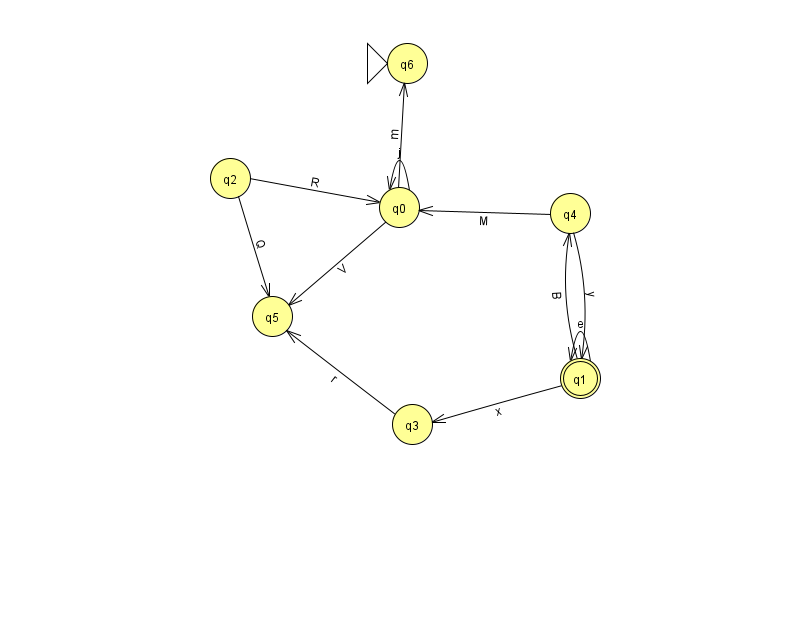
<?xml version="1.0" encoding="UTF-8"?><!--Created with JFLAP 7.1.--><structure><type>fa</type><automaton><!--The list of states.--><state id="0" name="q0"><x>399.0</x><y>194.0</y></state><state id="1" name="q1"><x>580.0</x><y>365.0</y><final/></state><state id="2" name="q2"><x>230.0</x><y>165.0</y></state><state id="3" name="q3"><x>412.0</x><y>411.0</y></state><state id="4" name="q4"><x>570.0</x><y>200.0</y></state><state id="5" name="q5"><x>272.0</x><y>303.0</y></state><state id="6" name="q6"><x>407.0</x><y>50.0</y><initial/></state><!--The list of transitions.--><transition><from>1</from><to>1</to><read>e</read></transition><transition><from>1</from><to>3</to><read>x</read></transition><transition><from>2</from><to>5</to><read>Q</read></transition><transition><from>4</from><to>1</to><read>y</read></transition><transition><from>0</from><to>6</to><read>m</read></transition><transition><from>0</from><to>0</to><read>j</read></transition><transition><from>4</from><to>0</to><read>M</read></transition><transition><from>1</from><to>4</to><read>B</read></transition><transition><from>0</from><to>5</to><read>V</read></transition><transition><from>2</from><to>0</to><read>R</read></transition><transition><from>3</from><to>5</to><read>r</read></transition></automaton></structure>